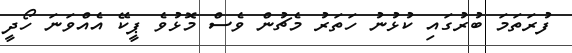
ފުރަތަމަ ބުރުގައި ކުޅުނު ހަތަރު މެޗުން ވެސް މޮޅުވެ ޕީކޭ އެއްވަނަ ހޯދީ